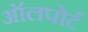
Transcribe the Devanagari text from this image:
ऑलपोर्ट